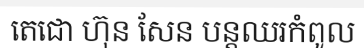
តេជោ ហ៊ុន សែន បន្តឈរកំពូល